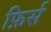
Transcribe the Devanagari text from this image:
फ़िर्स